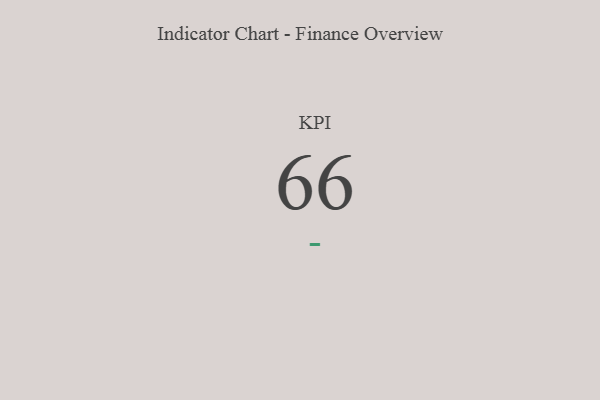
{"axis": {"x": "KPI", "y": "Value"}, "legend": [""], "data": [{"x": "KPI", "y": 66, "type": ""}]}